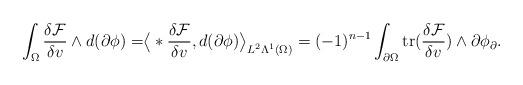
LaTeX: \begin{align*} \begin{aligned} \int_{\Omega}\frac{\delta\mathcal{F}}{\delta v}\wedge d(\partial\phi)=&\big\langle\ast\frac{\delta\mathcal{F}}{\delta v},d(\partial\phi)\big\rangle_{L^{2}\Lambda^{1}(\Omega)}=(-1)^{n-1}\int_{\partial\Omega}\mathrm{tr}(\frac{\delta\mathcal{F}}{\delta v})\wedge\partial\phi_{\partial}.\\ \end{aligned}\end{align*}